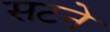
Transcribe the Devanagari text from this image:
सटने